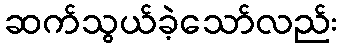
ဆက်သွယ်ခဲ့သော်လည်း